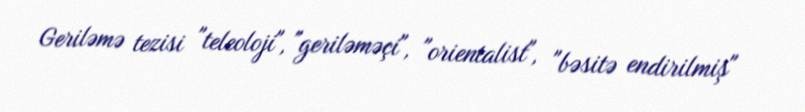
Geriləmə tezisi "teleoloji", "geriləməçi", "orientalist", "bəsitə endirilmiş"